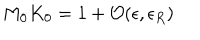
LaTeX: M _ { 0 } K _ { 0 } = 1 + { \cal O } ( \epsilon , \epsilon _ { R } )